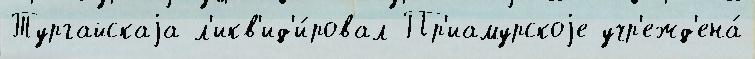
Тургайскаjа л'икв'ид'и́ровал Пр'иамурскоjе учр'ежд'ена́